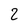
Character: 2